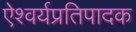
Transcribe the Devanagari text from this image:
ऐश्वर्यप्रतिपादक